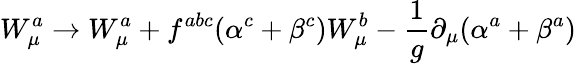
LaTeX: W_{\mu}^{a}\to W_{\mu}^{a}+f^{abc}(\alpha^{c}+\beta^{c})W_{\mu}^{b}-\frac{1}{g}\partial_{\mu}(\alpha^{a}+\beta^{a})